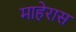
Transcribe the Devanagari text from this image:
माहेरास